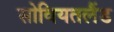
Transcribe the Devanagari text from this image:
सोवियतलैंड